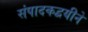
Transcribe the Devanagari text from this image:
संपादकद्वयीने